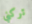
تركني